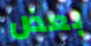
بعض